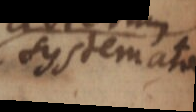
systemata